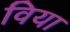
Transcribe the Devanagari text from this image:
विया